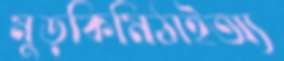
মুড়কিমিঠাইঅ্য